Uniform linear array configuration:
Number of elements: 32
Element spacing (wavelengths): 1
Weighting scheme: hamming
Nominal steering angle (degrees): -30
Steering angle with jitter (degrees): -29.935
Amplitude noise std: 0.05
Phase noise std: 0.05

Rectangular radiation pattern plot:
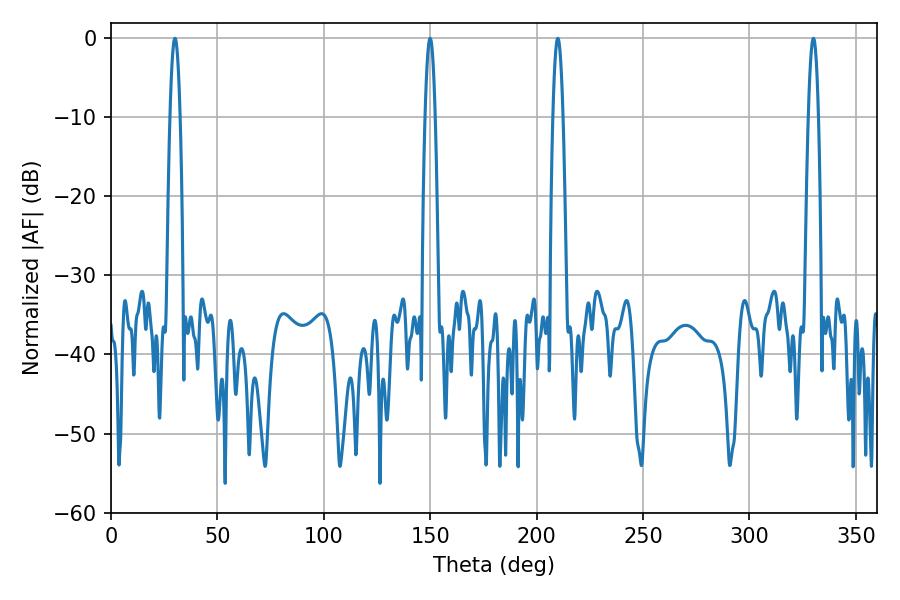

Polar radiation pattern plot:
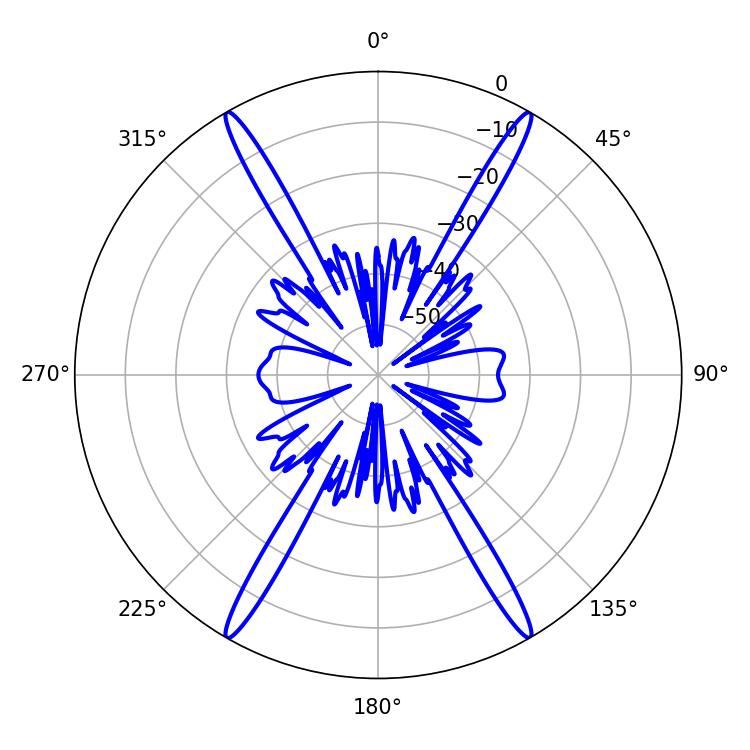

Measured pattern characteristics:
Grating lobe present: TRUE
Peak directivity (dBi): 42.416
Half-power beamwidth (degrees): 2.52
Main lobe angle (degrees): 30.06